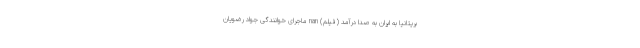
بریتانیا به ایران به صدا درآمد (فیلم) nan ماجرای خوانندگی جواد رضویان